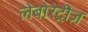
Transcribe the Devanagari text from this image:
लेबोरेट्रीज़